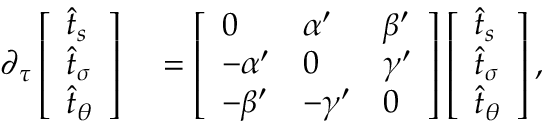
\begin{array} { r l } { \partial _ { \tau } \left[ \begin{array} { l } { \widehat { t } _ { s } } \\ { \widehat { t } _ { \sigma } } \\ { \widehat { t } _ { \theta } } \end{array} \right] } & { { } = \left[ \begin{array} { l l l } { 0 } & { \alpha ^ { \prime } } & { \beta ^ { \prime } } \\ { - \alpha ^ { \prime } } & { 0 } & { \gamma ^ { \prime } } \\ { - \beta ^ { \prime } } & { - \gamma ^ { \prime } } & { 0 } \end{array} \right] \left[ \begin{array} { l } { \widehat { t } _ { s } } \\ { \widehat { t } _ { \sigma } } \\ { \widehat { t } _ { \theta } } \end{array} \right] , } \end{array}